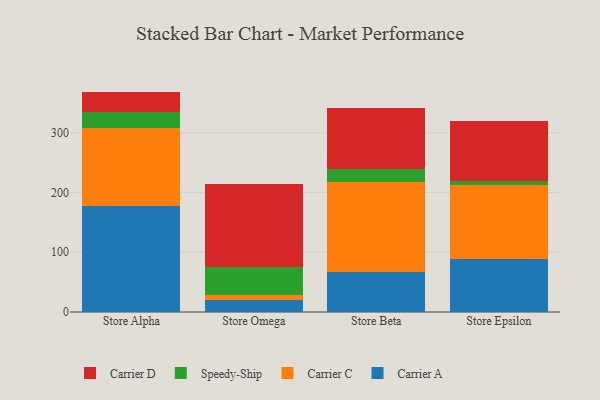
{"axis": {"x": "Store", "y": "Headcount"}, "legend": ["Carrier A", "Carrier C", "Carrier D", "Speedy-Ship"], "data": [{"x": "Store Alpha", "y": 177.8, "type": "Carrier A"}, {"x": "Store Alpha", "y": 130.2, "type": "Carrier C"}, {"x": "Store Alpha", "y": 27.2, "type": "Speedy-Ship"}, {"x": "Store Alpha", "y": 33.8, "type": "Carrier D"}, {"x": "Store Omega", "y": 20.2, "type": "Carrier A"}, {"x": "Store Omega", "y": 8.6, "type": "Carrier C"}, {"x": "Store Omega", "y": 46.3, "type": "Speedy-Ship"}, {"x": "Store Omega", "y": 139.6, "type": "Carrier D"}, {"x": "Store Beta", "y": 66.9, "type": "Carrier A"}, {"x": "Store Beta", "y": 150.8, "type": "Carrier C"}, {"x": "Store Beta", "y": 21.7, "type": "Speedy-Ship"}, {"x": "Store Beta", "y": 101.8, "type": "Carrier D"}, {"x": "Store Epsilon", "y": 88.8, "type": "Carrier A"}, {"x": "Store Epsilon", "y": 123.1, "type": "Carrier C"}, {"x": "Store Epsilon", "y": 7.4, "type": "Speedy-Ship"}, {"x": "Store Epsilon", "y": 100.4, "type": "Carrier D"}]}